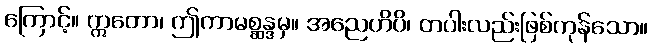
ကြောင့်။ ဣတော၊ ဤကာမစ္ဆန္ဒမှ။ အညေဟိပိ၊ တပါးလည်းဖြစ်ကုန်သော။